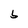
Character: 6